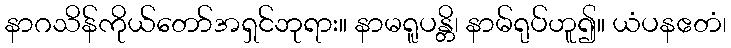
နာဂသိန်ကိုယ်တော်အရှင်ဘုရား။ နာမရူပန္တိ၊ နာမ်ရုပ်ဟူ၍။ ယံပနဧတံ၊